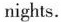
nights.